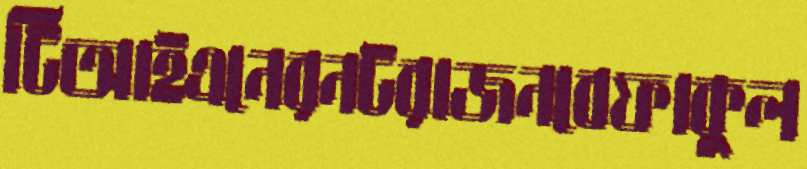
টিআইএনেরনটরাজনবেফাকুল